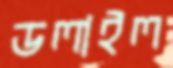
ডলাইল